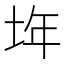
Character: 𡋂